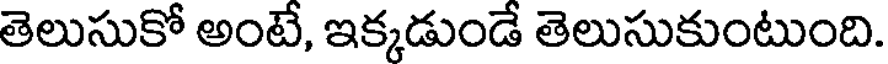
తెలుసుకో అంటే, ఇక్కడుండే తెలుసుకుంటుంది.